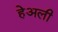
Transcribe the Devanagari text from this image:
हेअली